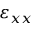
\varepsilon _ { x x }